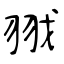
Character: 𦐂